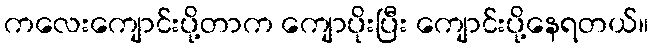
ကလေးကျောင်းပို့တာက ကျောပိုးပြီး ကျောင်းပို့နေရတယ်။